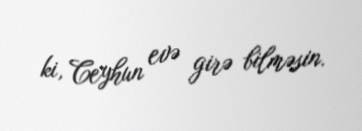
ki, Ceyhun evə girə bilməsin.